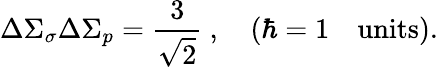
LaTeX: \Delta\Sigma_{\sigma}\Delta\Sigma_{p}={\frac{3}{\sqrt 2}}\ ,\quad(\hbar=1\quad\mathrm{units}).